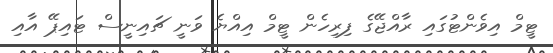
ޓީމް އިވެންޓުގައި ރާއްޖޭގެ ފިރިހެން ޓީމް އިއްޔެ ވަނީ ޗައިނީސް ޓައިޕޭ އާއި